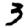
Digit: 3